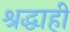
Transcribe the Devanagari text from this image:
श्रद्धाही